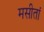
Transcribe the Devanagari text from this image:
मसीतां